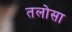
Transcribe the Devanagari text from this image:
तलोसा